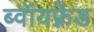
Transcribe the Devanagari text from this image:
ब्वॉयफ़्रेंड